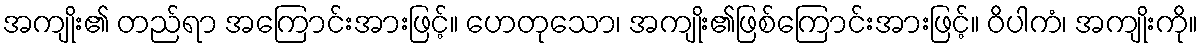
အကျိုး၏ တည်ရာ အကြောင်းအားဖြင့်။ ဟေတုသော၊ အကျိုး၏ဖြစ်ကြောင်းအားဖြင့်။ ဝိပါကံ၊ အကျိုးကို။